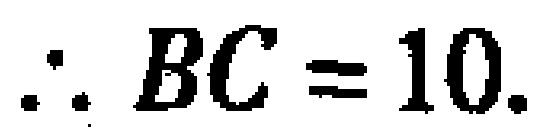
\(\therefore BC = 10.\)